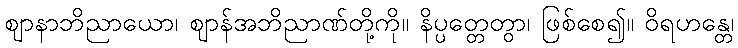
ဈာနာဘိညာယော၊ ဈာန်အဘိညာဏ်တို့ကို။ နိပ္ပတ္တေတွာ၊ ဖြစ်စေ၍။ ဝိရဟန္တေ၊